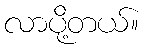
လာပို့တယ်။